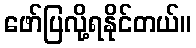
ဖော်ပြလို့ရနိုင်တယ်။